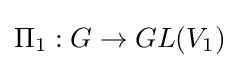
\Pi _{1}:G\rightarrow GL(V_{1})